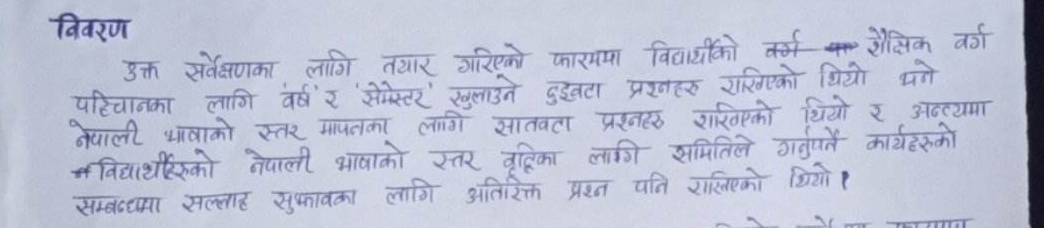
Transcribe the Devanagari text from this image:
विवरण
उक्त सर्वेक्षणका लागि तयार गरिएको फारममा विद्यार्थीको वर्ग वा शैक्षिक वर्ग
पहिचानका लागि वर्ष र 'सेमेस्टर' खुलाउने दुईवटा प्रश्नहरु राखिएको थियो भने
नेपाली भाषाको स्तर मापनका लागि सातवटा प्रश्नहरु राखिएको थियो र अन्त्यमा
विद्यार्थीहरुको नेपाली भाषाको स्तर वृद्धिका लागि समितिले गर्नुपर्ने कार्यहरुको
सम्बन्धमा सल्लाह सुझावका लागि अतिरिक्त प्रश्न पनि राखिएको थियो ?